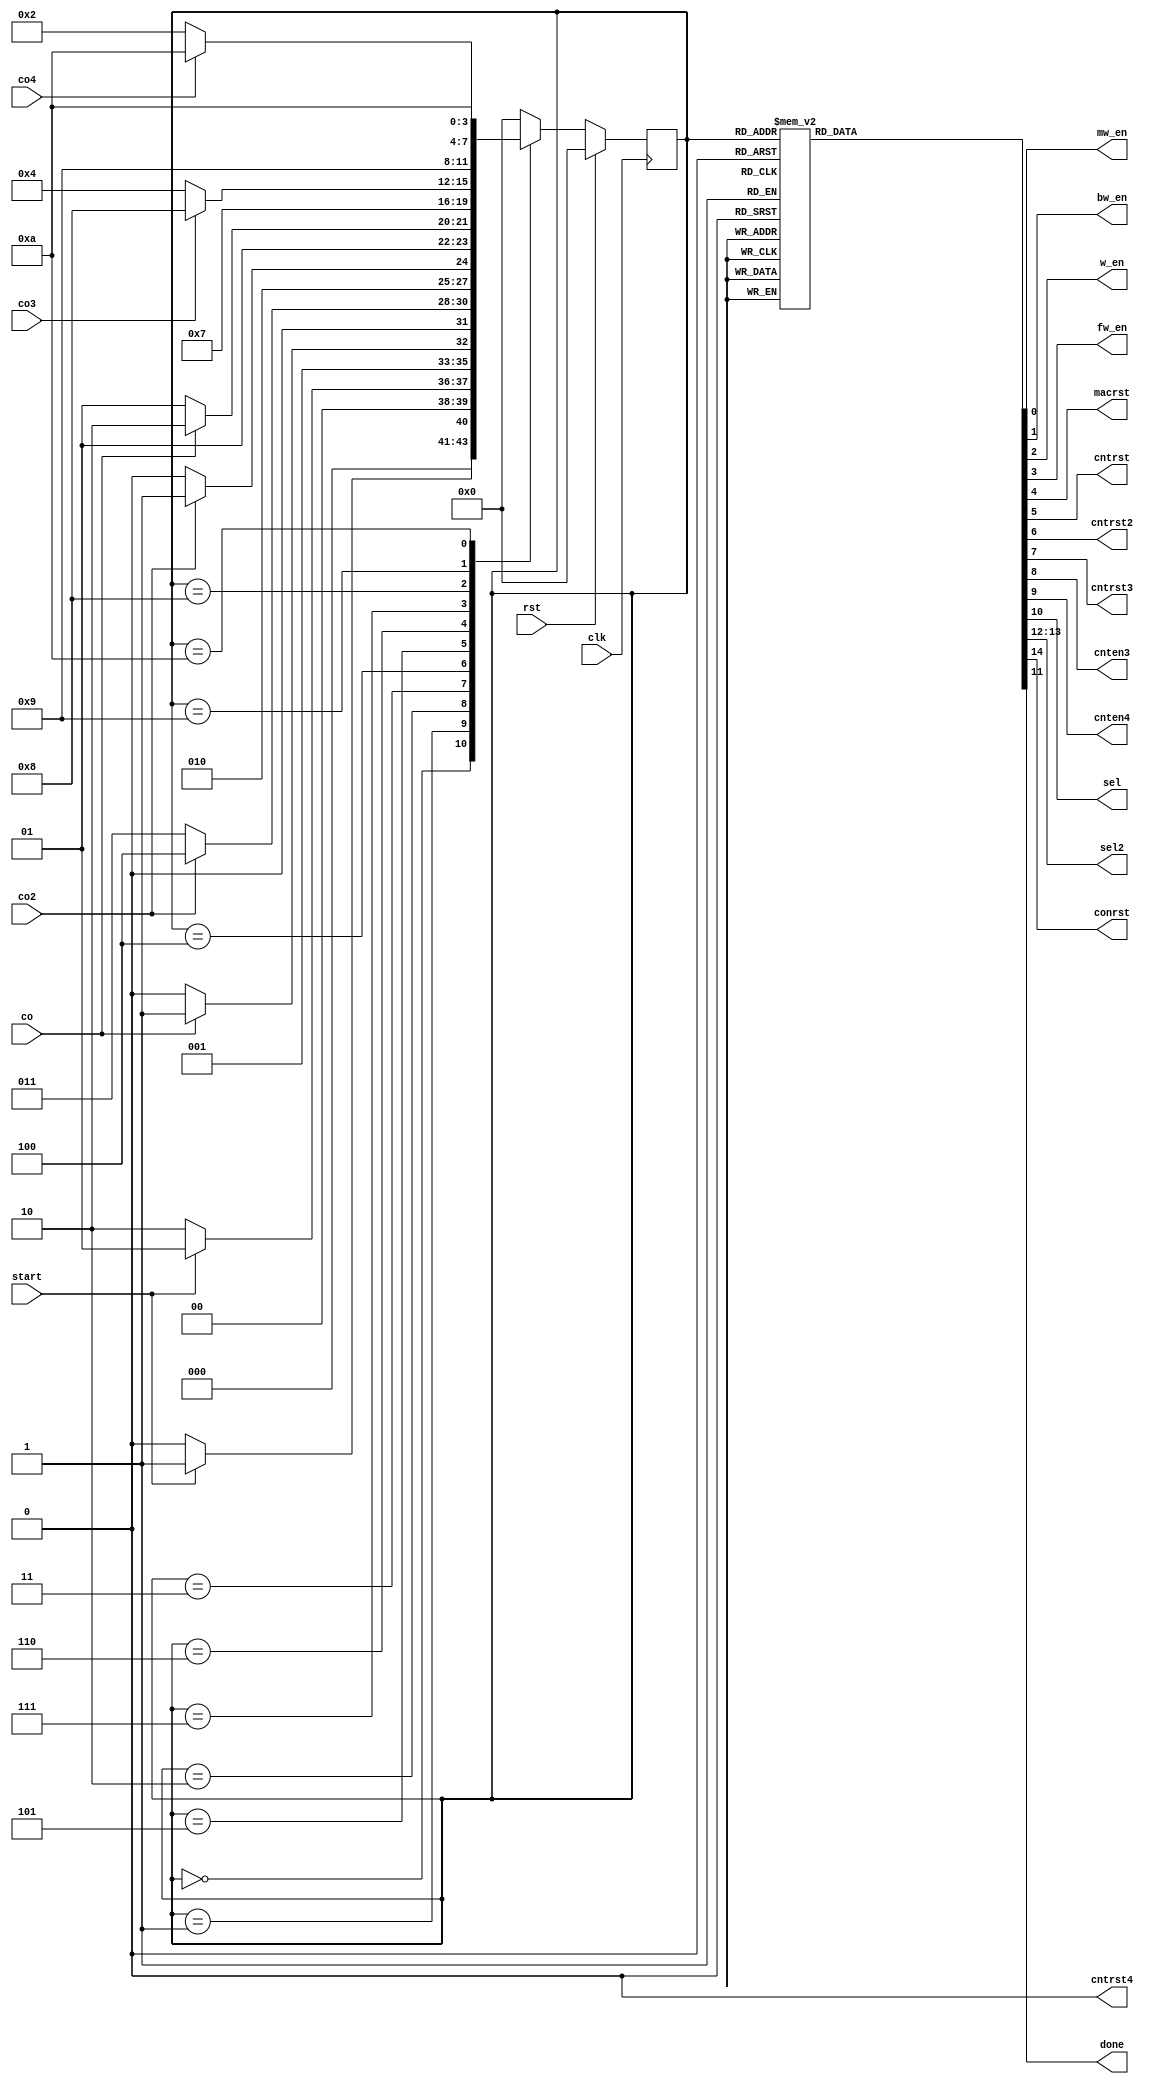
`define S0  4'b0000
`define S1  4'b0001
`define S2  4'b0010
`define S3  4'b0011
`define S4  4'b0100
`define S5  4'b0101
`define S6  4'b0110
`define S7  4'b0111
`define S8  4'b1000
`define S9  4'b1001
`define S10 4'b1010

module controller(clk, rst, start, co, co2, co3, co4, mw_en, bw_en, w_en, fw_en, macrst, 
		  cntrst, cntrst2, cntrst3, cntrst4, cnten3, cnten4, sel, sel2, conrst, done);
input clk, rst, start, co, co2, co3, co4;
output reg mw_en, bw_en, w_en, fw_en, macrst, cntrst, cntrst2, cntrst3, cntrst4, cnten3, cnten4, sel, 
       conrst, done;
output reg [1:0] sel2;
reg [3:0] ns, ps = `S0;
always@(posedge clk) begin
	if(rst) ps = 4'b0;
	else ps = ns;
end
always@(ps, start, co, co2, co3, co4) begin
	ns = `S0;
	case(ps)
		`S0:  ns = start? `S1: `S0;
		`S1:  ns = start? `S1: `S2;
		`S2:  ns = co? `S3: `S2;
		`S3:  ns = co2? `S4: `S3;
		`S4:  ns = co2? `S5: `S4;
		`S5:  ns = co? `S6: `S5;
		`S6:  ns = `S7;
		`S7:  ns = co3? `S8: `S4;
		`S8:  ns = `S9;
		`S9:  ns = co4? `S10: `S2;
		`S10: ns = `S10;
	endcase
end
always@(ps) begin
	{mw_en, bw_en, w_en, fw_en, macrst, cntrst, cntrst2, cntrst3, cntrst4, cnten3, cnten4, sel, 
        conrst, done, sel2} = 16'b0;
	case(ps)
		`S1: conrst = 1'b1;
		`S2: begin cntrst2 = 1'b1; bw_en = 1'b1; cntrst3 = 1'b1; end
		`S3: begin fw_en = 1'b1; sel2 = 2'b01; end
		`S4: begin sel = 1'b1; w_en = 1'b1; macrst = 1'b1; cntrst = 1'b1; end
		`S6: begin sel2 = 2'b10; mw_en = 1'b1; cnten3 = 1'b1; end
		`S7: cntrst2 = 1'b1;
		`S8: cnten4 = 1'b1;
		`S9: cntrst = 1'b1;
		`S10: done = 1'b1;
	endcase
end
endmodule